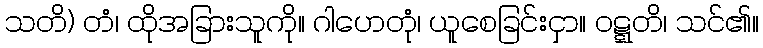
သတိ) တံ၊ ထိုအခြားသူကို။ ဂါဟေတုံ၊ ယူစေခြင်းငှာ။ ဝဋ္ဋတိ၊ သင်၏။